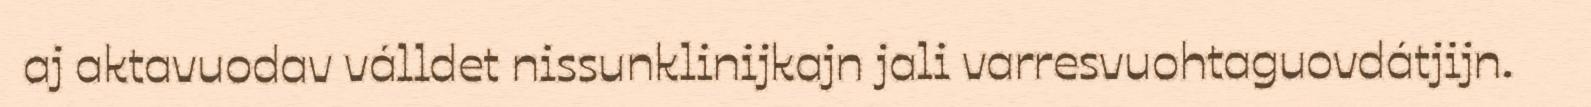
aj aktavuodav válldet nissunklinijkajn jali varresvuohtaguovdátjijn.